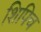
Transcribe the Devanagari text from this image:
शिपिच